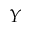
Y